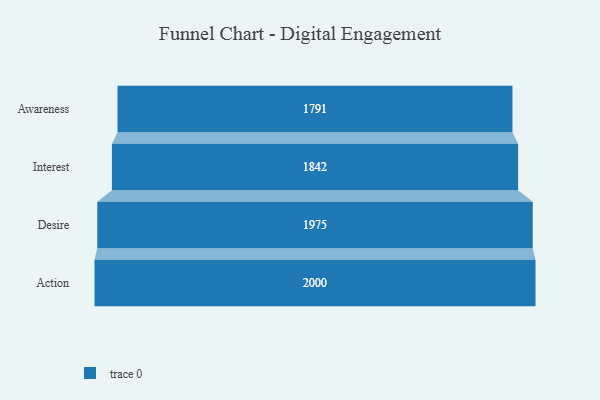
{"axis": {"x": "Stage", "y": "Value"}, "legend": [""], "data": [{"x": "Awareness", "y": 1791.0, "type": ""}, {"x": "Interest", "y": 1842.0, "type": ""}, {"x": "Desire", "y": 1975.0, "type": ""}, {"x": "Action", "y": 2000, "type": ""}]}